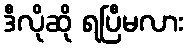
ဒီလိုဆို ရပြီမလား